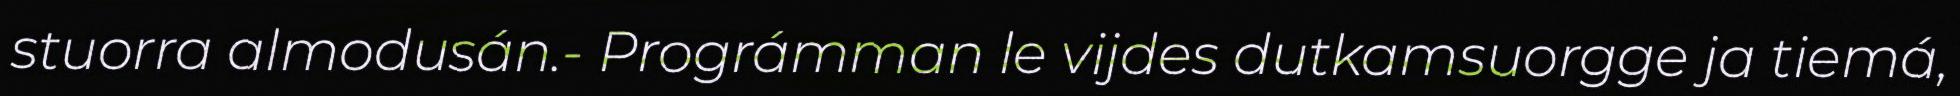
stuorra almodusán.- Prográmman le vijdes dutkamsuorgge ja tiemá,